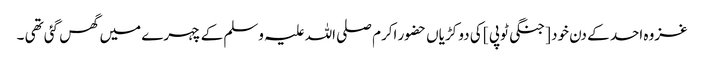
غزوہ احد کے دن خود [ جنگی ٹوپی ] کی دو کڑیاں حضور اکرم صلی اللہ علیہ وسلم کے چہرے میں گھس گئی تھی ۔